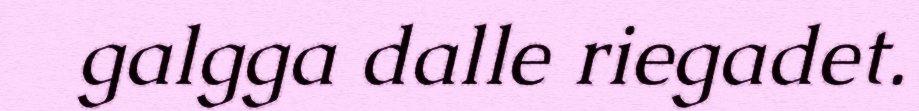
galgga dalle riegadet.